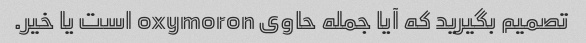
تصمیم بگیرید که آیا جمله حاوی oxymoron است یا خیر.